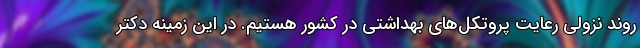
روند نزولی رعایت پروتکل‌های بهداشتی در کشور هستیم. در این زمینه دکتر